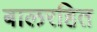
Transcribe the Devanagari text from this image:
बालरहित